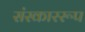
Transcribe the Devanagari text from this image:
संस्काररूप